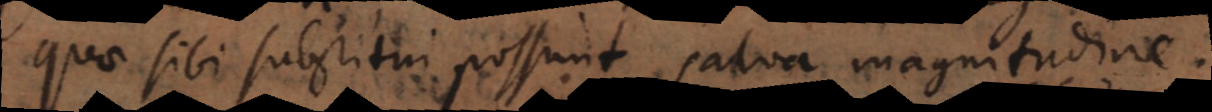
quae sibi substitui possunt salva magnitudine.